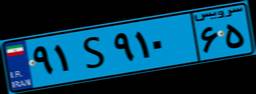
۹۱S۹۱۰۶۵